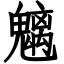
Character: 魑